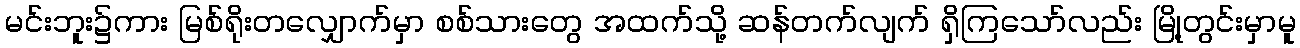
မင်းဘူး၌ကား မြစ်ရိုးတလျှောက်မှာ စစ်သားတွေ အထက်သို့ ဆန်တက်လျက် ရှိကြသော်လည်း မြို့တွင်းမှာမူ